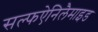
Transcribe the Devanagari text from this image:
सल्फऐनिलैमाइड